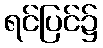
ရင်ပြင်၌